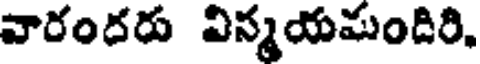
వారందరు విన్మయమందిరి,